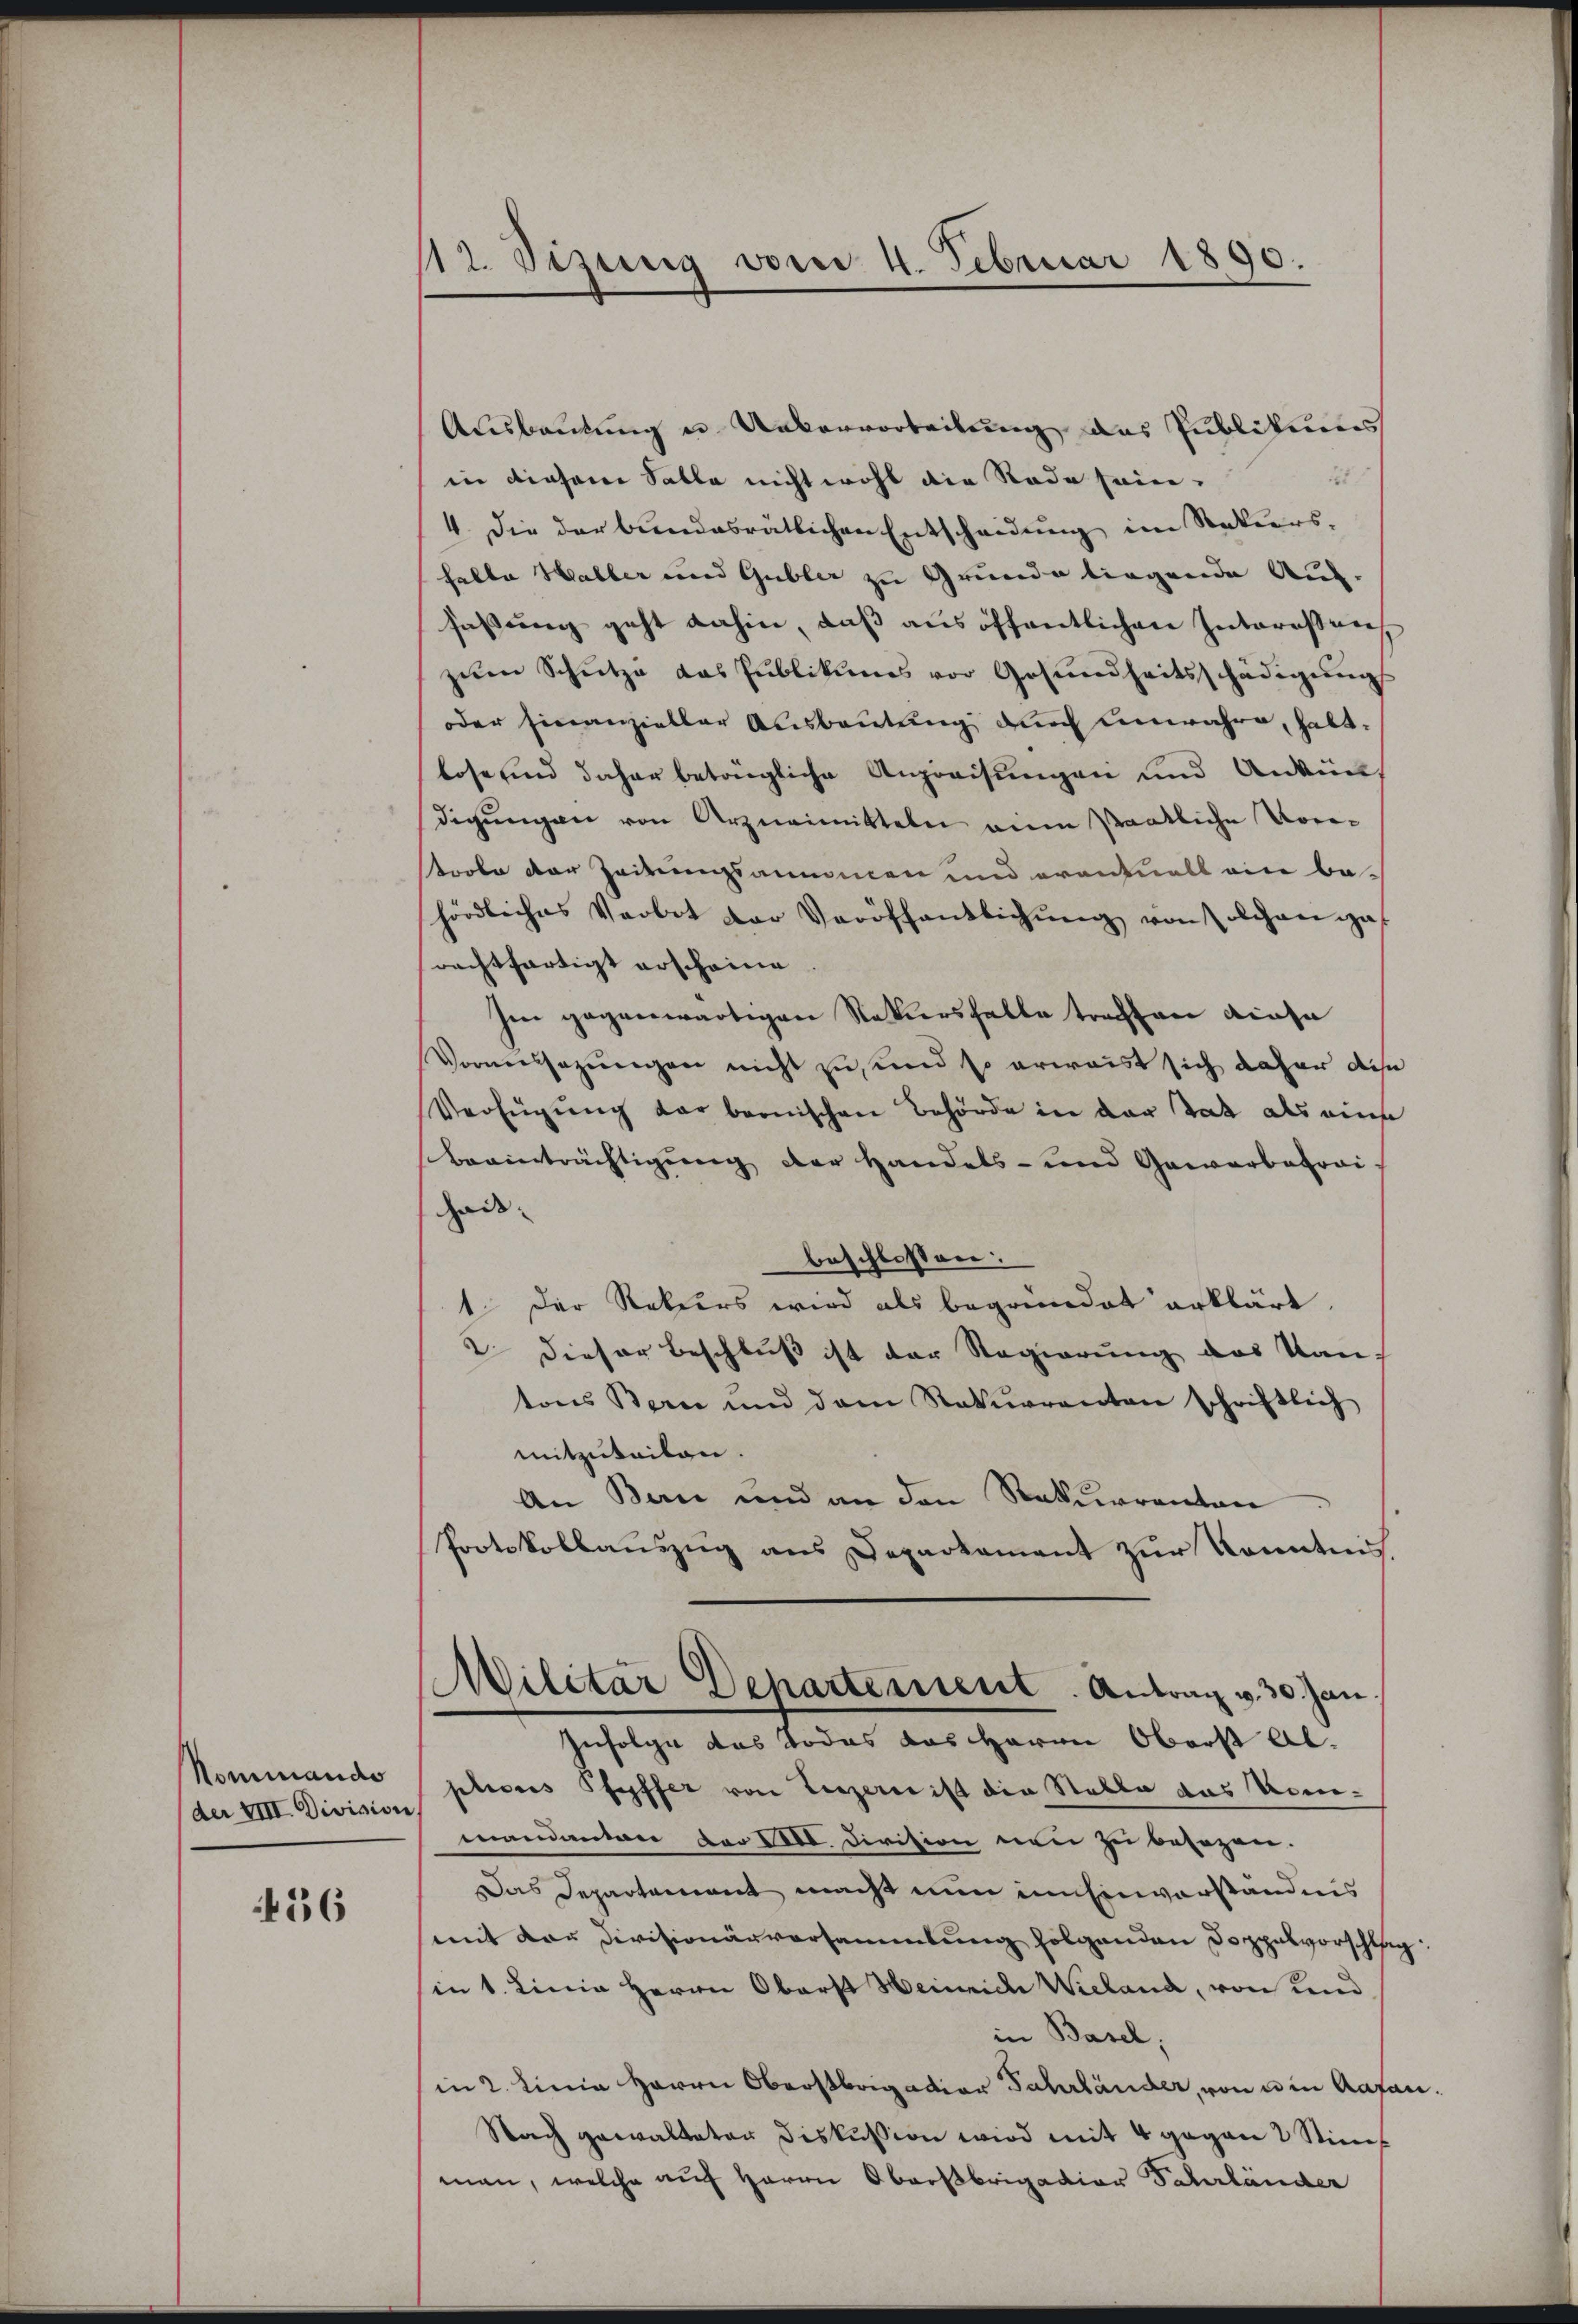
Nominando
(der VIII. Division

436

112. Sizung von 4. Februar 1890.

Ausbautung u. Uebervorteilung das Publikums
21
in diesene Salle nicht wohl die Rade sein.
4. die der bundesrätlichen Entscheidŭng im Rekurs-
halte Haller und Gubler zu Grunde liegende Aug.
faßung geht dahin, daß aus öffentlichen Intereßenzŭm Schütze das Pŭblikums vor Gesundheitsschädigŭng
oder finanzieller Ausbeutung durch unwahre, haltlose und daher beträgliche Anpreisungen und Ankündigungen von Arzneimitteln eine staatliche Vor-
Prolo der Zeitungsannamen und oranfall ein be-
hördliches Verbot der Veröffentlichŭng von solchen a
rechtfertigt erscheine
Im gegenwärtigen Rekursfalle treffen diese
Vormessazungen nicht zu, und so erwaist sich daher diese
Verfügung der bernischen Behörde in der Tat als eine
Beeinträchtigung der Handels- und Gewerbetrai
hais.
beschlossen:
1. Der Rekurs wird als begründet erklärt.
2. Dieser Beschluß ist der Regierung des Kan-
tons Bern und dem Rekurrenten schriftlich
mitzuteilen.
An Bau und an den Rekurranton
Protokollauszug aus Deparkament zur Kenntnis
Militar Departement. Antrag v. 30. Jan
Infolge das Todes das Herrn Oberst Abpliores Pfeffer von Verzerer ist die Stable das Venemandanten der sel. Division neu zu besezen.
Das Departement macht nun in Einverständnis
mit der Divisionärversammlung folgenden Doppelvorschlag
in 1. Linia Herrn Oberst Heinriche Wieland, von und
in Basel,
in 2. Linie Herrn Oberstbrigation Jahrländer, von u in Aafan¬
Nach gewalteten Diskussion wird mit 4 gegen 2 Stim
man, welche auf Herrn Oberstbrigation Fahrländer